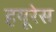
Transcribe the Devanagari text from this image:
हयूरेस